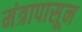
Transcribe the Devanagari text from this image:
मंत्रापासून